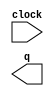
module lpm_color2 (
	clock,
	q);

	input	  clock;
	output	[7:0]  q;

endmodule